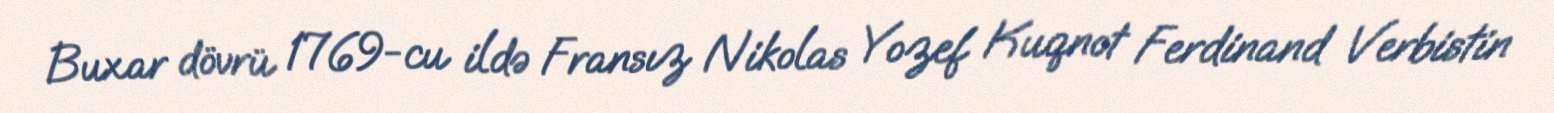
Buxar dövrü 1769-cu ildə Fransız Nikolas Yozef Kuqnot Ferdinand Verbistin